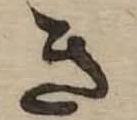
き